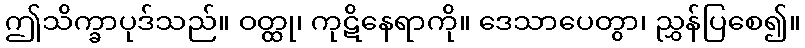
ဤသိက္ခာပုဒ်သည်။ ဝတ္ထု၊ ကုဋိနေရာကို။ ဒေသာပေတွာ၊ ညွှန်ပြစေ၍။